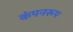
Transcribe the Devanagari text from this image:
कंपनरूप